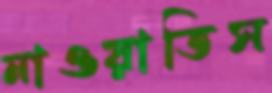
নাওয়াতিস